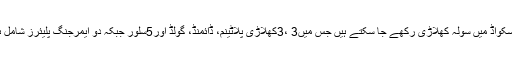
ہر سکواڈ میں سولہ کھلاڑی رکھے جا سکتے ہیں جس میں3 ،3کھلاڑی پلاٹینم، ڈائمنڈ، گولڈ اور5سلور جبکہ دو ایمرجنگ پلیئرز شامل ہیں۔